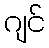
ဂျင်